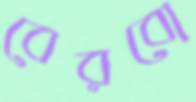
বেরবো